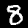
Digit: 8